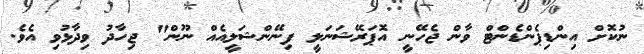
ނުކޮށް އިންޑިޕެންޑެންޓް ވާން ޖެހޭނީ އޮޕަރޭޝަނަލީ ފިނޭންޝަލީއެއް ނޫން" ޖިހާދު ވިދާޅުވި އެވެ.